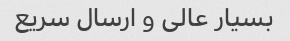
بسیار عالی و ارسال سریع